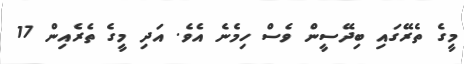
މީގެ ތެރޭގައި ބިދޭސީން ވެސް ހިމެނެ އެވެ. އަދި މީގެ ތެރެއިން 17